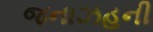
જનાઝહની